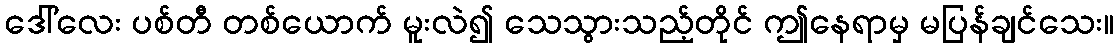
ဒေါ်လေး ပစ်တီ တစ်ယောက် မူးလဲ၍ သေသွားသည့်တိုင် ဤနေရာမှ မပြန်ချင်သေး။